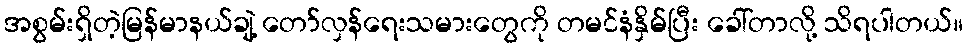
အစွမ်းရှိတဲ့မြန်မာနယ်ချဲ့ တော်လှန်ရေးသမားတွေကို တမင်နံနှိမ်ပြီး ခေါ်တာလို့ သိရပါတယ်။